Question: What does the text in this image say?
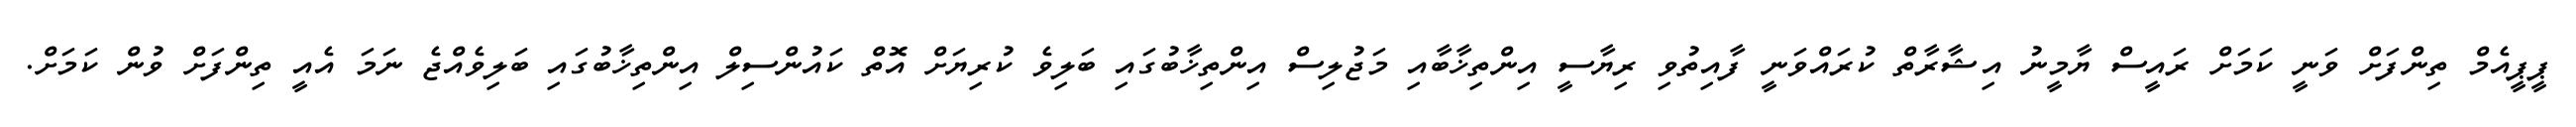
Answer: ޕީޕީއެމް ތިންފަށް ވަނީ ކަމަށް ރައީސް ޔާމީނު އިޝާރާތް ކުރައްވަނީ ފާއިތުވި ރިޔާސީ އިންތިޚާބާއި މަޖުލިސް އިންތިޚާބުގައި ބަލިވެ ކުރިޔަށް އޮތް ކައުންސިލް އިންތިޚާބުގައި ބަލިވެއްޖެ ނަމަ އެއީ ތިންފަށް ވުން ކަމަށް.